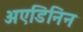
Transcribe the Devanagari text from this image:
अएडिनिन